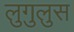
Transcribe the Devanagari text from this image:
लुगुलुस